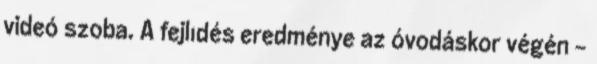
videó szoba. A fejlıdés eredménye az óvodáskor végén -